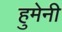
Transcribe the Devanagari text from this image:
हुमेनी